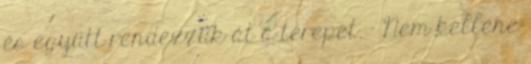
és együtt rendezzük át a terepet. - Nem kellene